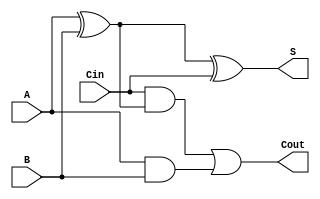
`timescale 1ns / 1ps

module FA (A, B, Cin, Cout, S);
    input A, B, Cin;
    output Cout, S;

    assign S = (A^B)^Cin;
    assign Cout = (Cin&(A^B))|(A&B);
    
endmodule